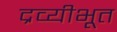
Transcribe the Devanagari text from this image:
द्रव्यीभूत